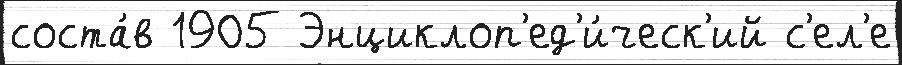
соста́в 1905 Энциклоп'ед'и́ческ'ий с'ел'е